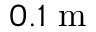
0 . 1 \textrm { m }